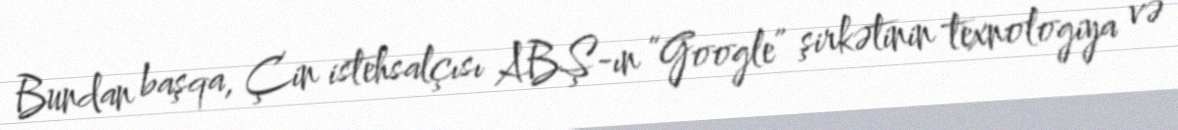
Bundan başqa, Çin istehsalçısı ABŞ-ın “Google” şirkətinin texnologiya və